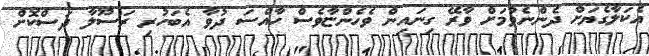
އެކަލާގެޔަށް ދެންނެވުމަށް ވާރޭ ގިނައިން ވެހެންޏާވެސް ހާއްސަ ދުވާ އެބަހުރި ރަސޫލާ ދަސްކޮށް